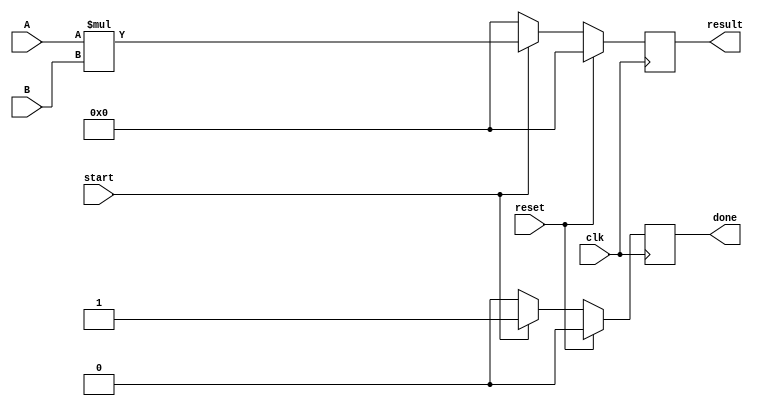
`timescale 1ns / 1ps
//////////////////////////////////////////////////////////////////////////////////
// Company: 
// Engineer: 
// 
// Design Name: 
// Module Name: mult_param
// Project Name: 
// Target Devices: 
// Tool Versions: 
// Description: 
// 
// Dependencies: 
// 
// Revision:
// Revision 0.01 - File Created
// Additional Comments:
// 
//////////////////////////////////////////////////////////////////////////////////


module mult_param #(parameter WIDTH = 8)(input [WIDTH-1:0]A,B,
             input clk,reset,start,
             output reg done,
             output reg [2*WIDTH-1:0] result);
             
     always@(posedge clk) begin
		if(reset) begin
			result <= 0;
		    done <= 0;
		end
		else begin
			if(start) begin
				result <= A*B;
				done <= 1;
			end
			else begin
				result <= 0;
				done <= 0;
			end
		end
	 end
endmodule